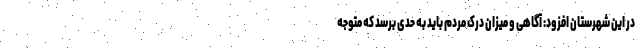
در این شهرستان افزود: آگاهی و میزان درک مردم باید به حدی برسد که متوجه